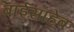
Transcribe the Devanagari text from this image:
बाईसाहेब